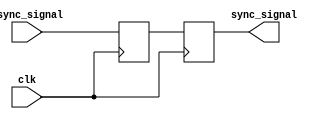
module dual_ff_synchronizer (
    input wire clk,                // System clock
    input wire async_signal,       // Asynchronous input signal
    output reg sync_signal         // Synchronized output signal
);

// Internal signals for the first flip-flop
reg ff1_out;                    // Output of the first flip-flop

// First Flip-Flop (FF1)
always @(posedge clk) begin
    ff1_out <= async_signal;     // Capture async_signal on clock edge
end

// Second Flip-Flop (FF2)
always @(posedge clk) begin
    sync_signal <= ff1_out;      // Capture output of FF1 on clock edge
end

endmodule